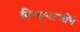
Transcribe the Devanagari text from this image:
विष्णूभटजींचे